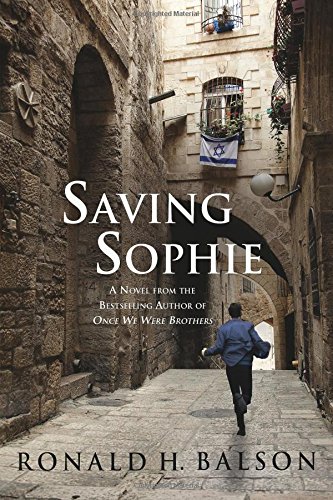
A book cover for Saving Sophie: A Novel; Ronald H. Balson; Mystery, Thriller & Suspense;